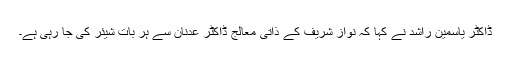
ڈاکٹر یاسمین راشد نے کہا کہ نواز شریف کے ذاتی معالج ڈاکٹر عدنان سے ہر بات شیئر کی جا رہی ہے۔